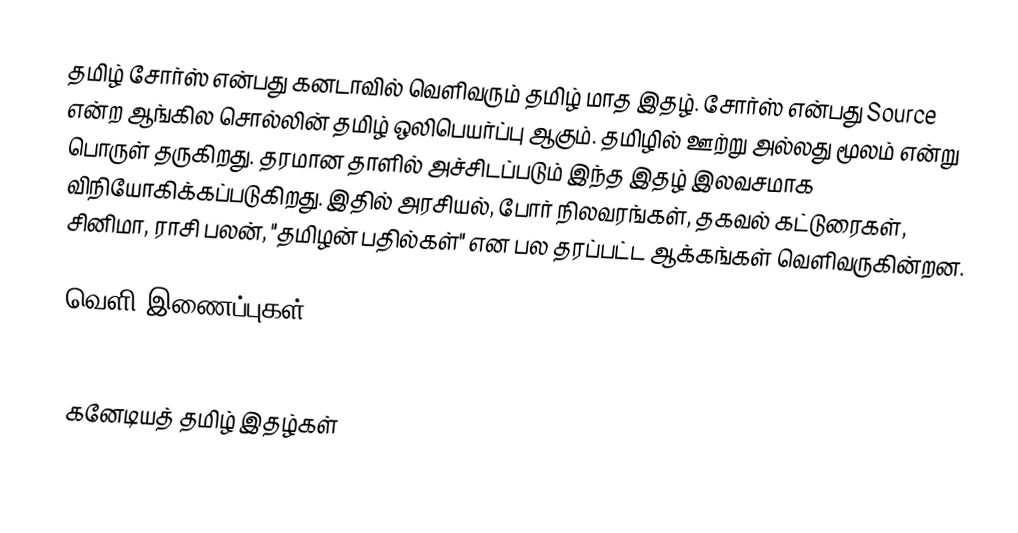
தமிழ் சோர்ஸ் என்பது கனடாவில் வெளிவரும் தமிழ் மாத இதழ். சோர்ஸ் என்பது Source என்ற ஆங்கில சொல்லின் தமிழ் ஒலிபெயர்ப்பு ஆகும். தமிழில் ஊற்று அல்லது மூலம் என்று பொருள் தருகிறது. தரமான தாளில் அச்சிடப்படும் இந்த இதழ் இலவசமாக விநியோகிக்கப்படுகிறது. இதில் அரசியல், போர் நிலவரங்கள், தகவல் கட்டுரைகள், சினிமா, ராசி பலன், "தமிழன் பதில்கள்" என பல தரப்பட்ட ஆக்கங்கள் வெளிவருகின்றன.

வெளி இணைப்புகள்
 http://tamilsource.ca

கனேடியத் தமிழ் இதழ்கள்